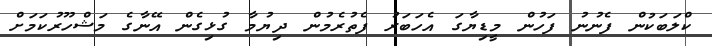
ކްލަބަކުން ފެނުނު ފަހުން މީޑިޔާގަ އެހަބަރު ފެތުރެމުން ދިޔުމާ ގުޅިގެން އޭނާގެ މަޝްހޫރުކަމަށް